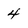
Character: 4